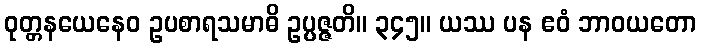
ဝုတ္တနယေနေဝ ဥပစာရသမာဓိ ဥပ္ပဇ္ဇတိ။ ၃၄၅။ ယဿ ပန ဧဝံ ဘာဝယတော